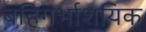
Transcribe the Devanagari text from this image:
बहिगर्भाशयिक